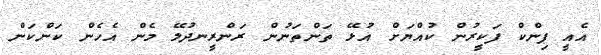
އެއީ ޕިންކް ފަކީރުން ކުއްޔަށް އުޅޭ ތަންތަނުން ރަންރީނދުލޭ މެން އެހެން ކަންކަން